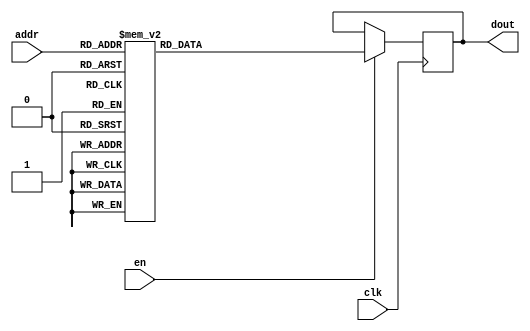
`timescale 1ns / 1ps
/*
Copyright
All right reserved.
Module Name: rom_syn
Author  : Zichuan Liu, Yixing Li and Wenye Liu.
Description:
A synthesized ROM: ROM_DEP x ROM_WID
*/
module EC_1_REF_ROM_6(
// inputs
clk,
en,
addr,
// outputs
dout
);
localparam ROM_WID = 12;
localparam ROM_DEP = 32;
localparam ROM_ADDR = 5;
// input definition
input clk;
input en;
input [ROM_ADDR-1:0] addr;
// output definition
output [ROM_WID-1:0] dout;
reg [ROM_WID-1:0] data;
always @(posedge clk)
begin
if (en) begin
case(addr)
		5'd0: data <= 12'b010010110011;
		5'd1: data <= 12'b010000101001;
		5'd2: data <= 12'b010001011110;
		5'd3: data <= 12'b010011000100;
		5'd4: data <= 12'b010010101100;
		5'd5: data <= 12'b010010001101;
		5'd6: data <= 12'b010011101101;
		5'd7: data <= 12'b010010111101;
		5'd8: data <= 12'b010011000111;
		5'd9: data <= 12'b010010100111;
		5'd10: data <= 12'b010011010100;
		5'd11: data <= 12'b010011011010;
		5'd12: data <= 12'b010001110011;
		5'd13: data <= 12'b010010111111;
		5'd14: data <= 12'b010010110001;
		5'd15: data <= 12'b010000001011;
		5'd16: data <= 12'b001111100011;
		5'd17: data <= 12'b010011101000;
		5'd18: data <= 12'b010001011001;
		5'd19: data <= 12'b010011010011;
		5'd20: data <= 12'b010010111010;
		5'd21: data <= 12'b010010111110;
		5'd22: data <= 12'b010011100000;
		5'd23: data <= 12'b010001110001;
		5'd24: data <= 12'b010011101001;
		5'd25: data <= 12'b010011000000;
		5'd26: data <= 12'b010000100100;
		5'd27: data <= 12'b010000000111;
		5'd28: data <= 12'b010010101101;
		5'd29: data <= 12'b010011000000;
		5'd30: data <= 12'b010001101000;
		5'd31: data <= 12'b010010111101;
		endcase
		end
	end
	assign dout = data;
endmodule